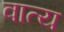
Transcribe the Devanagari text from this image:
वात्य